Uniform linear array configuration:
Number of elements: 48
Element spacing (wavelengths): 0.75
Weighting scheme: binomial
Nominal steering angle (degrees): -30
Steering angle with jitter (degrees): -31.77
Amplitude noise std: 0.05
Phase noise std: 0.05

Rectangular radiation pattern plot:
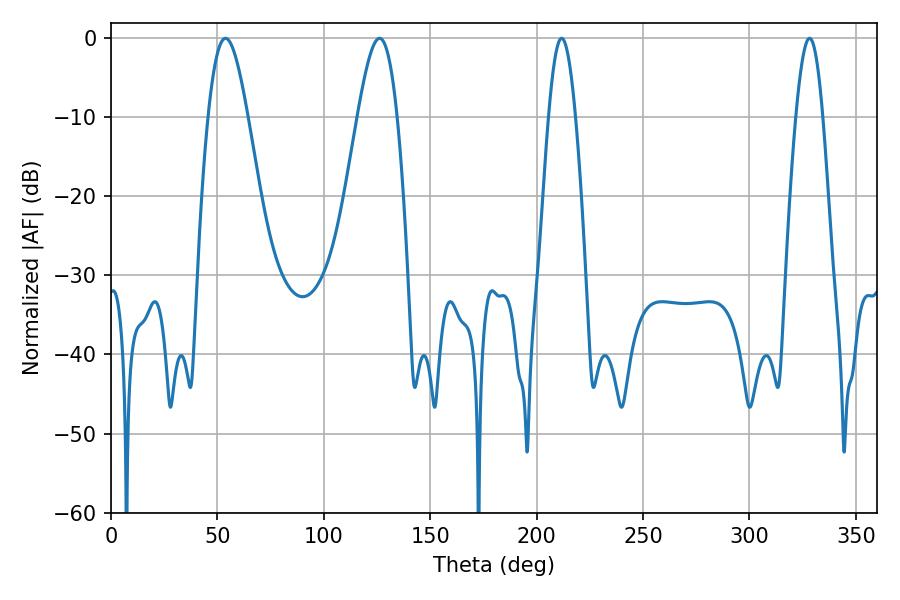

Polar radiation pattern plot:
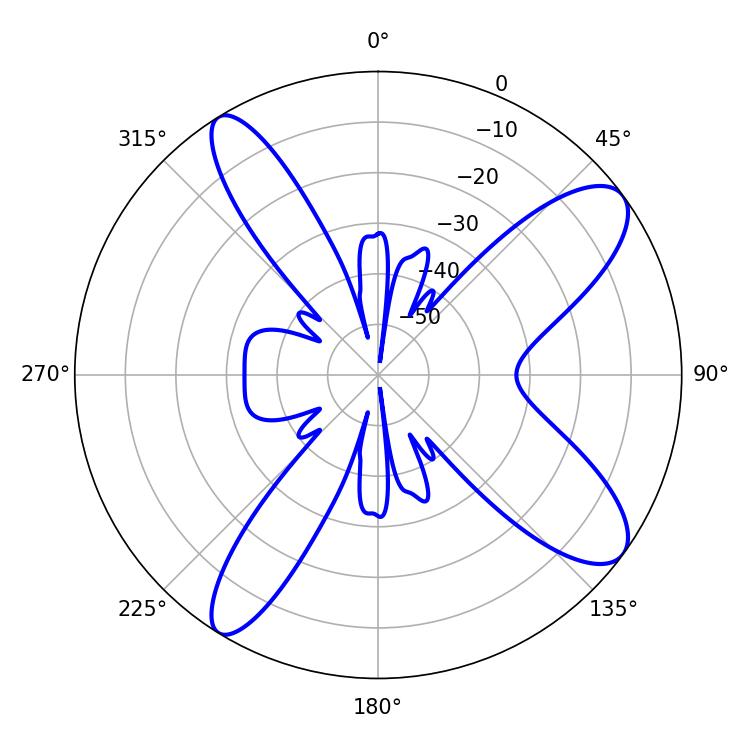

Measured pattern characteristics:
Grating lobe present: TRUE
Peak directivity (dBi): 10.613
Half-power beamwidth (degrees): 9.9
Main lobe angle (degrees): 53.82